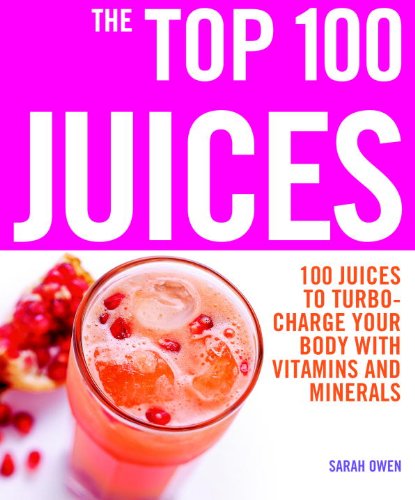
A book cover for The Top 100 Juices: 100 Juices to Turbo-Charge Your Body with Vitamins and Minerals (The Top 100 Recipes Series); Sarah Owen; Cookbooks, Food & Wine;